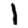
Digit: 1